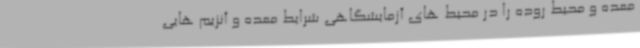
معده و محیط روده را در محیط های آزمایشگاهی شرایط معده و آنزیم هایی